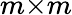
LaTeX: m{\times}m